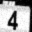
Digit: 4